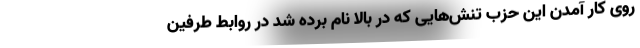
روی کار آمدن این حزب تنش­هایی که در بالا نام برده شد در روابط طرفین